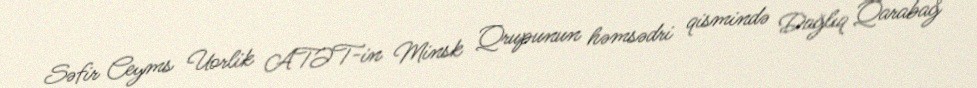
Səfir Ceyms Uorlik ATƏT-in Minsk Qrupunun həmsədri qismində Dağlıq Qarabağ